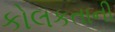
કોલકતાની